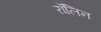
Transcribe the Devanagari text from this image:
रॉलिन